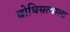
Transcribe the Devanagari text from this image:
बोधिसत्वाला